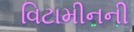
વિટામીનની